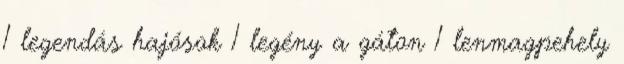
1 legendás hajósok 1 legény a gáton 1 lenmagpehely